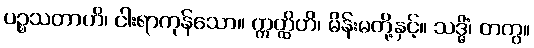
ပဉ္စသတာဟိ၊ ငါးရာကုန်သော။ ဣတ္ထိဟိ၊ မိန်းမတို့နှင့်။ သဒ္ဓိံ၊ တကွ။